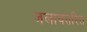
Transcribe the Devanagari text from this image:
जलावतरित